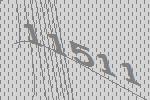
11511